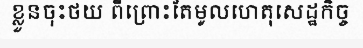
ខ្លួនចុះថយ ពីព្រោះតែមូលហេតុសេដ្ឋកិច្ច